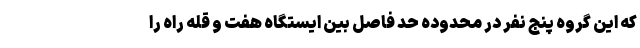
که این گروه پنج نفر در محدوده حد فاصل بین ایستگاه هفت و قله راه را